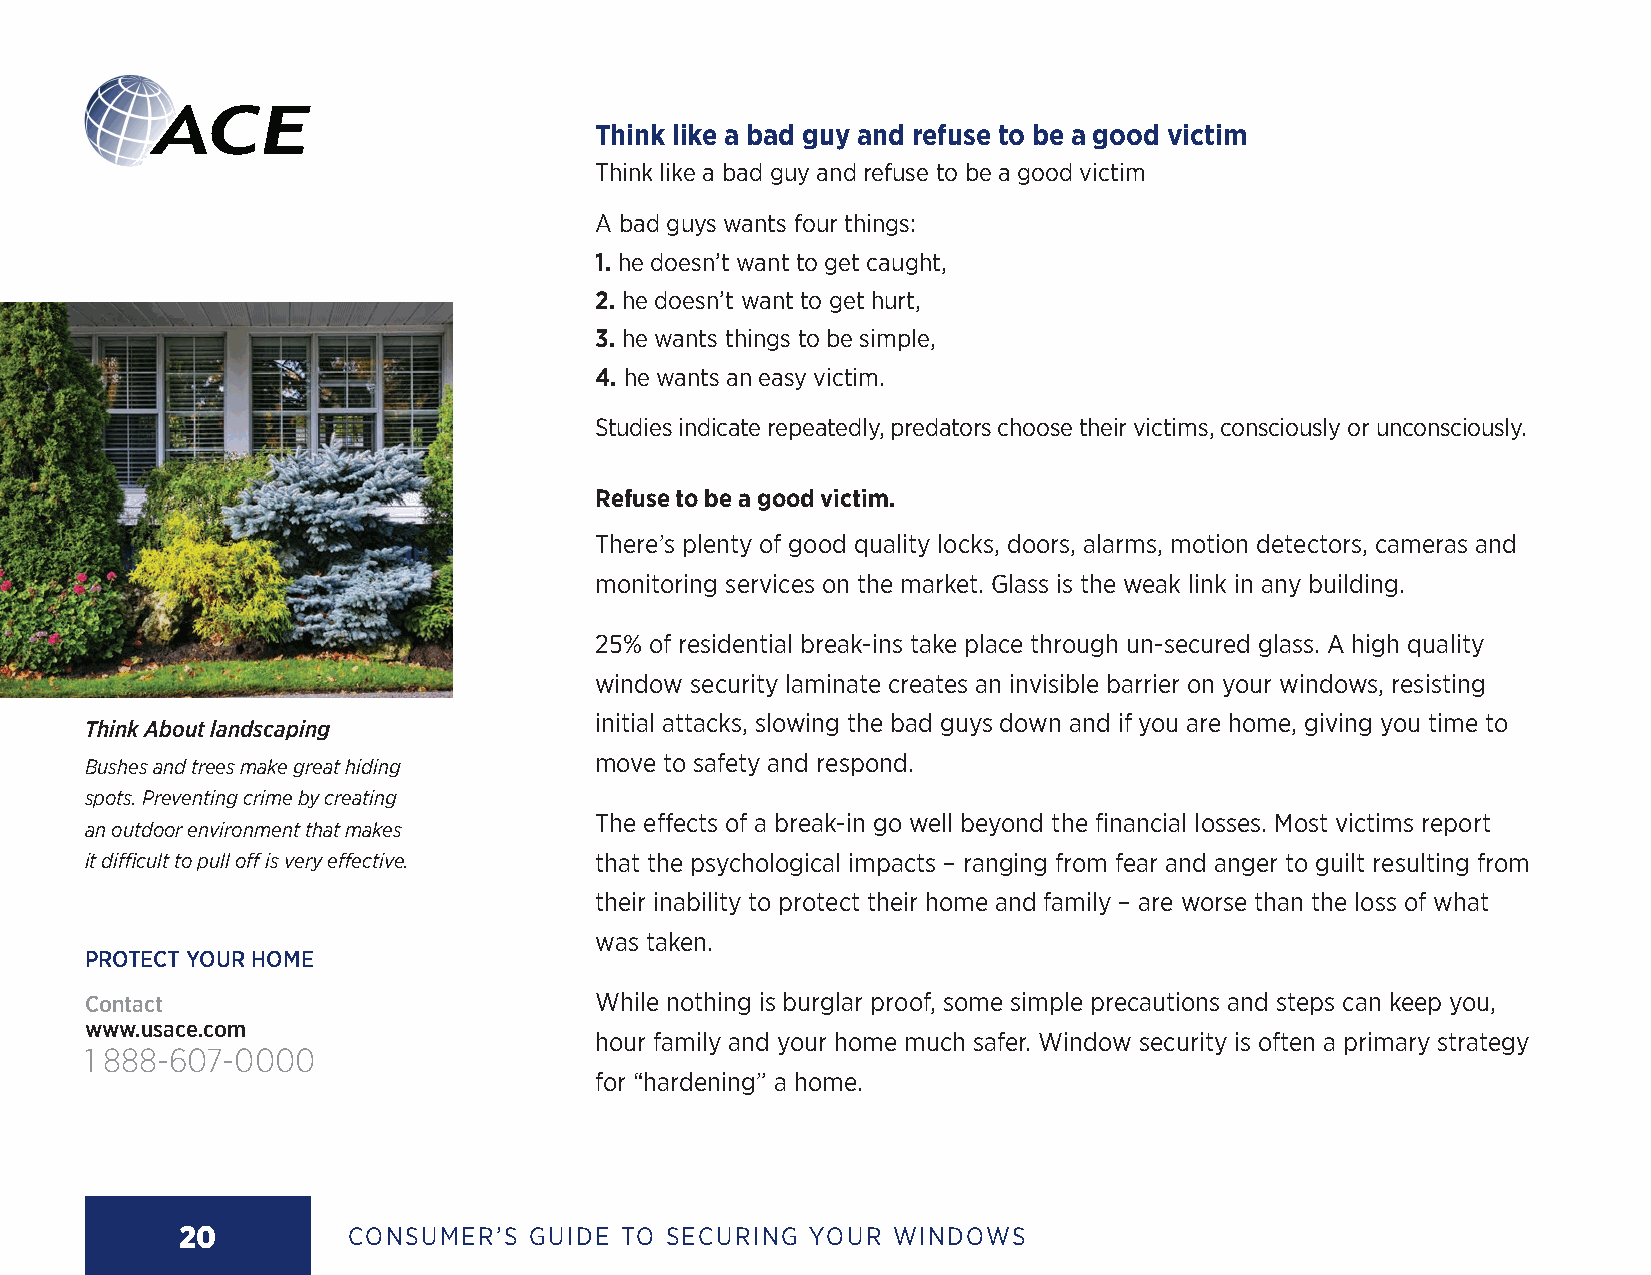
Think like a bad guy and refuse to be a good victim
 Think like a bad guy and refuse to be a good victim
 A bad guys wants four things:
 1. he doesn’t want to get caught,
 2. he doesn’t want to get hurt,
 3. he wants things to be simple,
 4. he wants an easy victim.
 Studies indicate repeatedly, predators choose their victims, consciously or unconsciously.
 Refuse to be a good victim.
 There’s plenty of good quality locks, doors, alarms, motion detectors, cameras and
 monitoring services on the market. Glass is the weak link in any building.
 25% of residential break-ins take place through un-secured glass. A high quality
 window security laminate creates an invisible barrier on your windows, resisting
 initial attacks, slowing the bad guys down and if you are home, giving you time to
 Think About landscaping
 move to safety and respond.
 Bushes and trees make great hiding
 spots. Preventing crime by creating
 The effects of a break-in go well beyond the financial losses. Most victims report
 an outdoor environment that makes
 it difficult to pull off is very effective. that the psychological impacts – ranging from fear and anger to guilt resulting from
 their inability to protect their home and family – are worse than the loss of what
 was taken.
 PROTECT YOUR HOME
 Contact                          While nothing is burglar proof, some simple precautions and steps can keep you,
 www.usace.com
 hour family and your home much safer. Window security is often a primary strategy
 1 888-607-0000
 for “hardening” a home.
 20         CONSUMER’S  GUIDE TO SECURING YOUR  WINDOWS